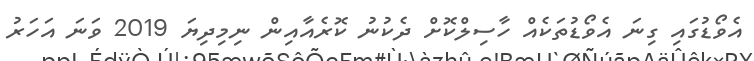
އެވޯޑުގައި ގިނަ އެވޯޑުތަކެއް ހާސިލްކޮށް ދެކުނު ކޮރެއާއިން ނިމިދިޔަ 2019 ވަނަ އަހަރު